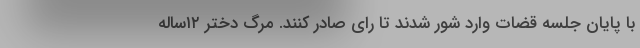
با پایان جلسه قضات وارد شور شدند تا رای صادر کنند. مرگ دختر ۱۲ساله